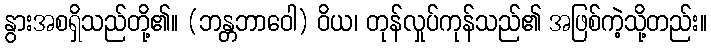
နွားအစရှိသည်တို့၏။ (ဘန္တဘာဝေါ) ဝိယ၊ တုန်လှုပ်ကုန်သည်၏ အဖြစ်ကဲ့သို့တည်း။